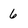
Character: 6